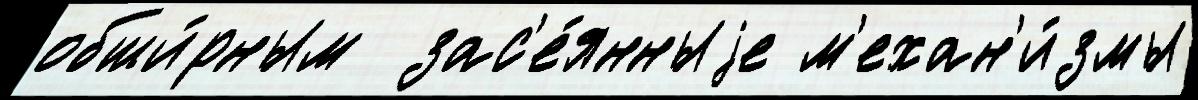
обши́рным  зас'е́янныjе м'ехан'и́змы